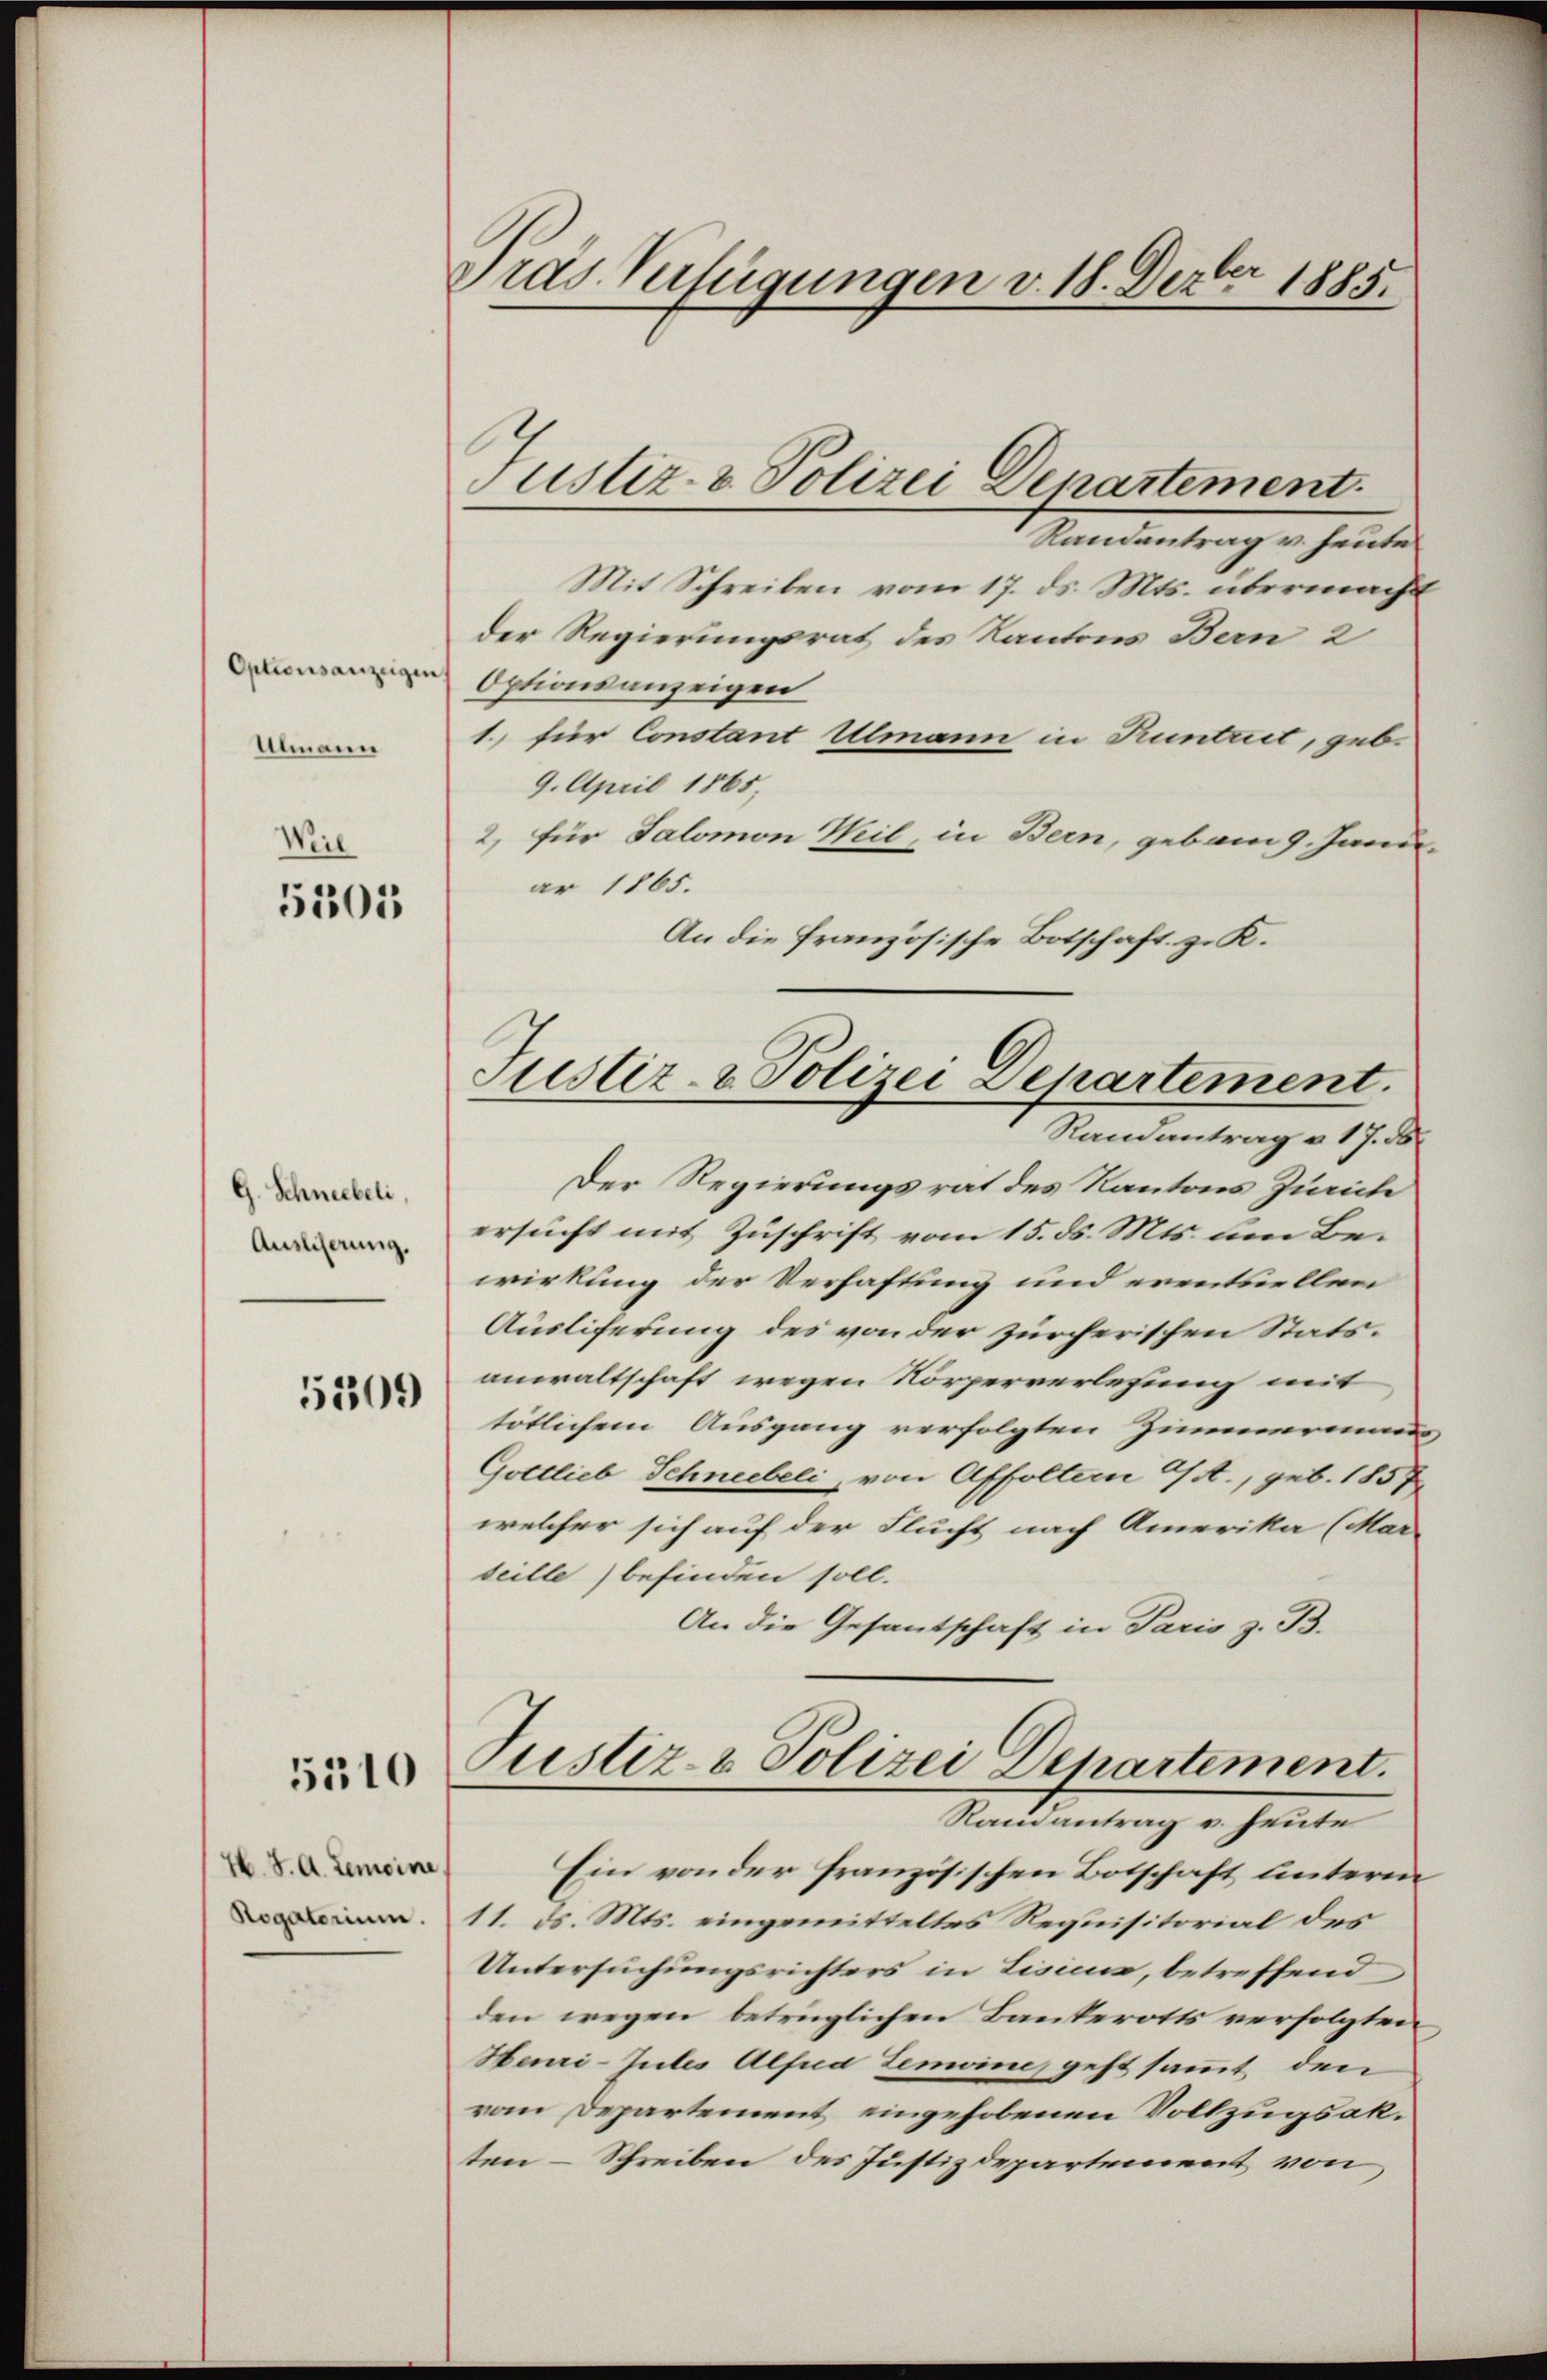
Optionsanzeigen
Ulmann

Weil
5505

G. Schneebeli,
Ausliserung.

5309

Pras Verfügungen v. 18. Dezbr 1885.

5310

H. J. A. Gemeine
Rogatorium.

Justiz- & Polizei Denartement.

Mandantrag u. heuten
Mit Schreiben vom 17. ds. Mts. übermacht
der Regierungsrat des Kantons Bern 2
Optionsanzeigen
1. für Constant Ulmann in Kuntuit, geb.
9. April 1865
2, für Salomon Weil, in Bern, gebam 9. Janu
ar 1865.
An die französische Botschaft z. K.
Der Regierungsrat des Kantons Zürich
ersucht mit Zuschrift vom 15. ds. Mts. um Bewirkung der Verhaftung und eventuellen
Auslieferung des von der zürcherischen Stats-
anwaltschaft wegen Körperverlesung mit
tötlichem Ausgang verfolgten Zimmerm
Gottlieb Schneebeli, von Affoltern a/A., geb. 1857
welcher sich auf der Flucht nach Amerika (Mar-
teille) befinden soll.
An die Gesantschaft in Paris z. B.
Justiz- & Polizei Departement.
Ramantrag v. heute
Ein von der französischen Botschaft Unterm
11. ds. Mts. eingemitteltes Requisitorial des
Untersuchungsrichters in Lisicus, betreffend
den wegen betrüglichen Bankerotts verfolgten
Heuri-Gutes Alfua Gemeine geht sammt den
vom Departement eingehobenen Vollzugsakten-Schreiben des Justizdepartement von

Justiz- & Polizei Departement.
Randantrag u. 17. ds